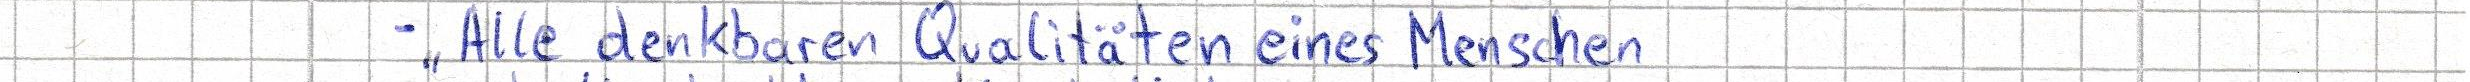
- "Alle denkbaren Qualitäten eines Menschen